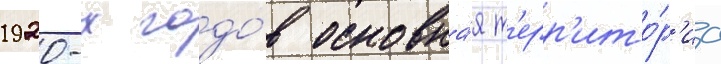
1920-х годо́в основна́я т'ерр'ито́р'иа